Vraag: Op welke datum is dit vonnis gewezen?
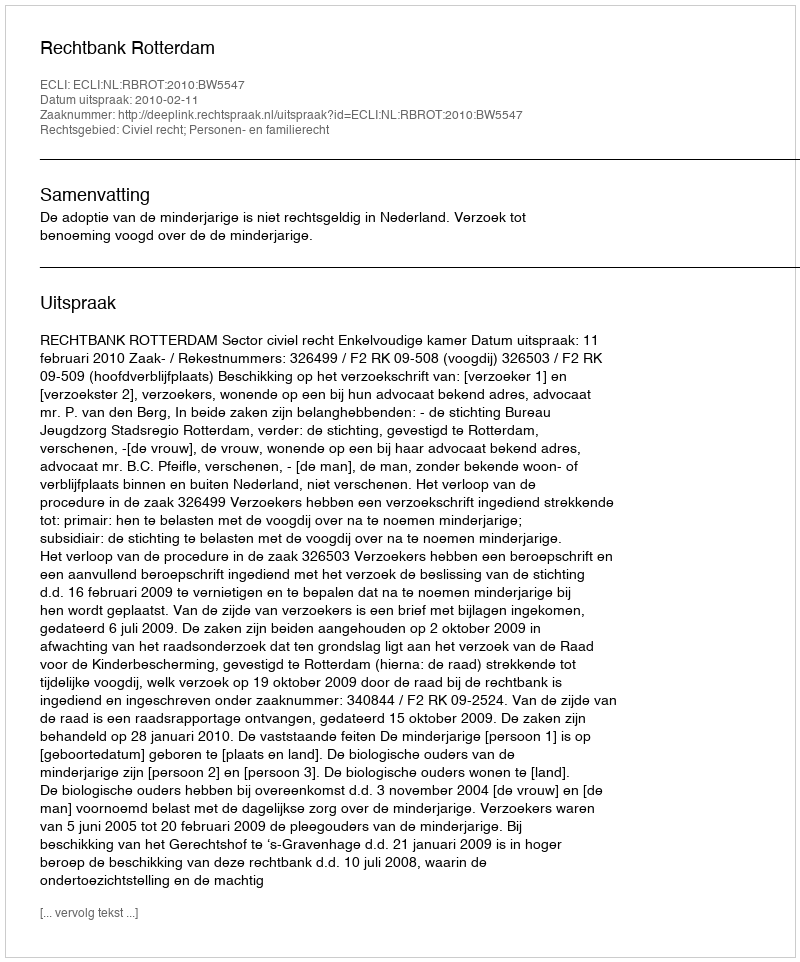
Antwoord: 2010-02-11